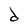
Character: d